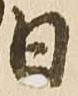
日